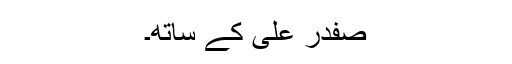
صفدر علی کے ساتھ۔